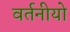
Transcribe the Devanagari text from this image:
वर्तनीयो